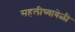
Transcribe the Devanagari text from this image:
सहलीच्यावेळी